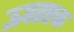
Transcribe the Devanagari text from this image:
ऊपरएक